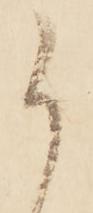
候